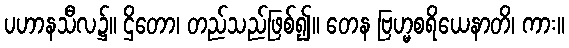
ပဟာနသီလ၌။ ဌိတော၊ တည်သည်ဖြစ်၍။ တေန ဗြဟ္မစရိယေနာတိ၊ ကား။